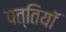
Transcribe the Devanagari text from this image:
पत्तियॉ